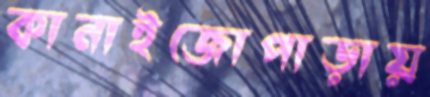
কানাইজোপাড়ায়